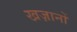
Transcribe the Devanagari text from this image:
खज़ानों